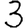
Digit: 3